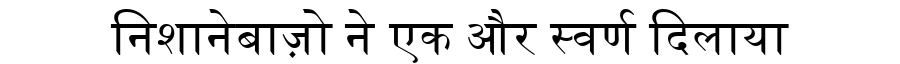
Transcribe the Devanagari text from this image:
निशानेबाज़ो ने एक और स्वर्ण दिलाया